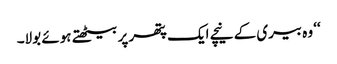
‘‘ وہ بیری کے نیچے ایک پتھر پر بیٹھتے ہوئے بولا۔